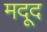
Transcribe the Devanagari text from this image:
मदूद